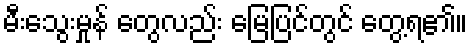
မီးသွေးမှုန် တွေလည်း မြေပြင်တွင် တွေ့ရ၏။